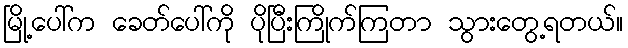
မြို့ပေါ်က ခေတ်ပေါ်ကို ပိုပြီးကြိုက်ကြတာ သွားတွေ့ရတယ်။